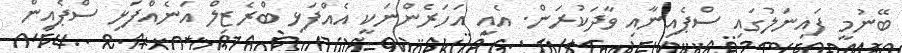
ބޭނުމީ ފައިނަލުގައި ސްޕެއިނާއި ވާދަކުރަން. އެއީ އަހަރެންނަކީ އެއްފަޅި ބްރެޒިލް އަނެއްފަޅި ސްޕެއިން